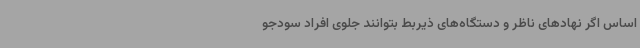
اساس اگر نهادهای ناظر و دستگاه‌های ذیربط بتوانند جلوی افراد سودجو